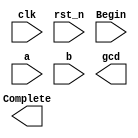
`timescale 1ns/1ps

module Greatest_Common_Divisor (clk, rst_n, Begin, a, b, Complete, gcd);
input clk, rst_n;
input Begin;
input [8-1:0] a;
input [8-1:0] b;
output Complete;
output [8-1:0] gcd;

parameter WAIT = 2'b00;
parameter CAL = 2'b01;
parameter FINISH = 2'b10;

endmodule